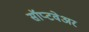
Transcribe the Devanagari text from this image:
सॉप्टवेअर